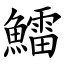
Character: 鱩